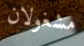
مشغولان